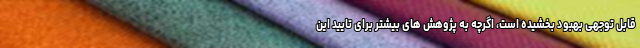
قابل توجهی بهبود بخشیده است، اگرچه به پژوهش های بیشتر برای تایید این